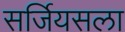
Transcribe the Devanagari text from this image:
सर्जियसला